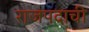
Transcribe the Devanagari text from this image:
राजपदाची